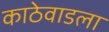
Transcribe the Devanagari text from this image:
काठेवाडला